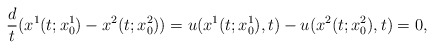
\begin{align*}\frac{d}{t}(x^1(t;x^1_0)-x^2(t;x^2_0))=u(x^1(t;x^1_0), t)-u(x^2(t;x^2_0), t)=0,\end{align*}